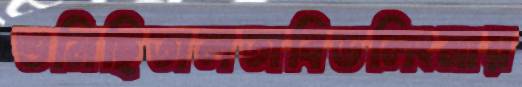
শুনিছিতালতাবিডলিংমায়